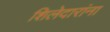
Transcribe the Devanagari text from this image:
शिलेदारांना